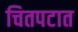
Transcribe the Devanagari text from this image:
चितपटात